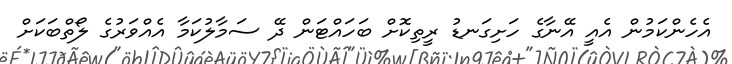
އެހެންކަމުން އެއީ އޭނާގެ ހަށިގަނޑު ރީތިކޮށް ބަހައްޓަން ދޭ ސަމާލުކަމާ އެއްވަރުގެ ލޯތްބަކަށް